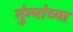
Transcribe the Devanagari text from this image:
मुंग्यांच्या